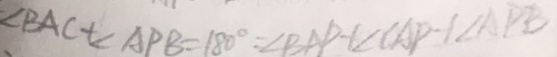
\angle B A C + \angle A P B = 1 8 0 ^ { \circ } = \angle B A P + \angle C A P + \angle A P B